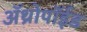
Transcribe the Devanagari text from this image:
अॅथ्रोपॉईड